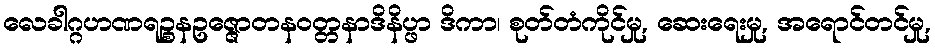
လေခါဂ္ဂဟဏရဉ္စနဥဇ္ဇောတနဝတ္တနာဒိနိပ္ဖာ ဒိကာ၊ စုတ်တံကိုင်မှု, ဆေးရေးမှု, အရောင်တင်မှု,